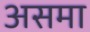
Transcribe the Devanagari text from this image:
असमा